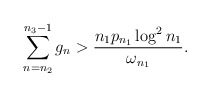
\begin{align*}\sum_{n=n_2}^{n_3-1} g_n > \frac {n_1 p_{n_1} \log^2 n_1} { \omega_{n_1} }.\end{align*}